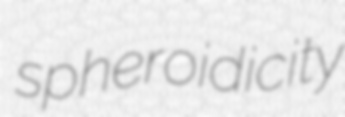
spheroidicity